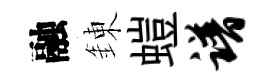
融錬螘谱